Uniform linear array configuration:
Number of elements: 8
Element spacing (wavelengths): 0.75
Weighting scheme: uniform
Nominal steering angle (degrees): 45
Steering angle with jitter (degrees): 44.668
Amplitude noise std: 0.05
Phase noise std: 0.05

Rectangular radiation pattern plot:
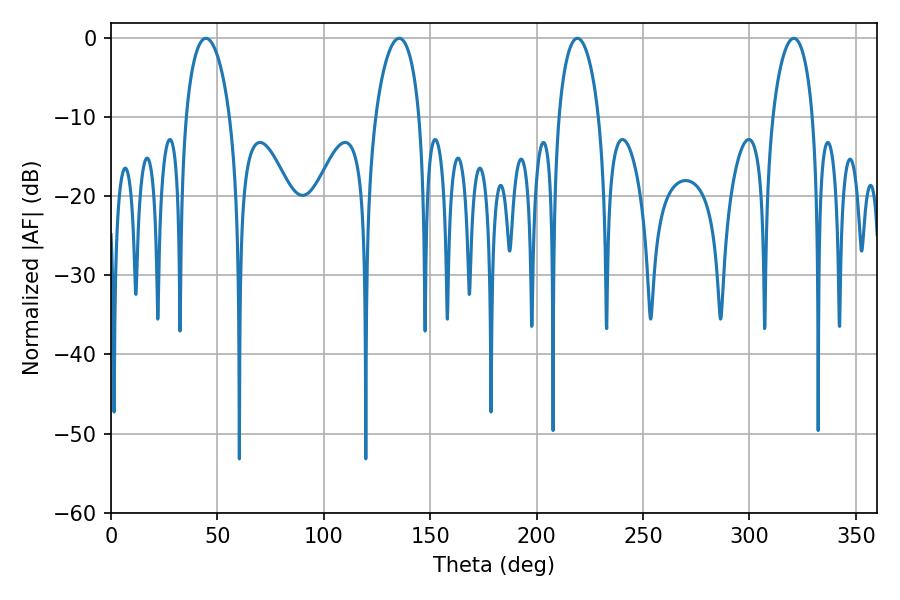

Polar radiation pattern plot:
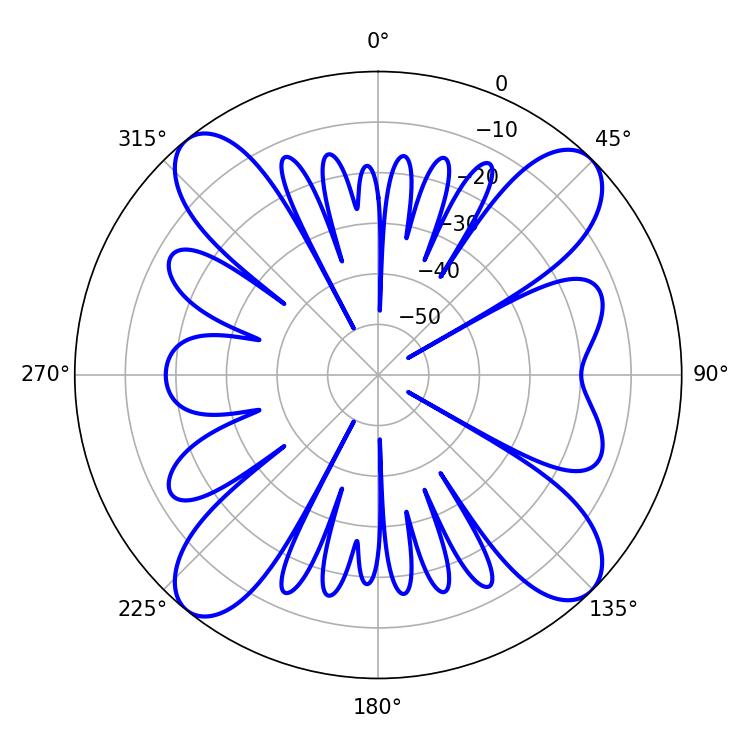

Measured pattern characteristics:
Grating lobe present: TRUE
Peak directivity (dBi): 15.159
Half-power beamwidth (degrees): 11.7
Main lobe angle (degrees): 44.64